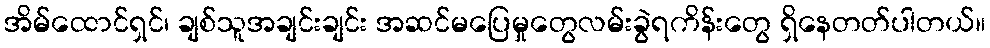
အိမ်ထောင်ရှင်၊ ချစ်သူအချင်းချင်း အဆင်မပြေမှုတွေလမ်းခွဲရကိန်းတွေ ရှိနေတတ်ပါတယ်။